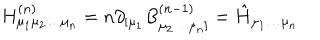
H _ { \mu _ { 1 } \mu _ { 2 } \ldots \mu _ { n } } ^ { ( n ) } = n \partial _ { [ \mu _ { 1 } } B _ { \mu _ { 2 } \ldots \mu _ { n } ] } ^ { ( n - 1 ) } = \hat { H } _ { \mu _ { 1 } \ldots \mu _ { n } }